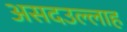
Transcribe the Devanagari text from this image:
असदउल्लाह